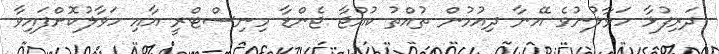
ދަރިފުޅާ ހަވާލުނުވެ އޭނާ ދިއުމުން ތުއްތު ކުއްޖާ ޖެންޑާ މިނިސްޓްރީ އާއި ހަވާލުކޮށްފައިވާ